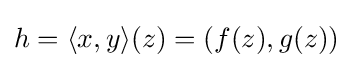
h=\langle x,y\rangle (z)=(f(z),g(z))